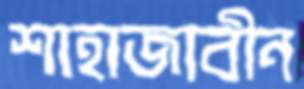
শাহাজাবীন